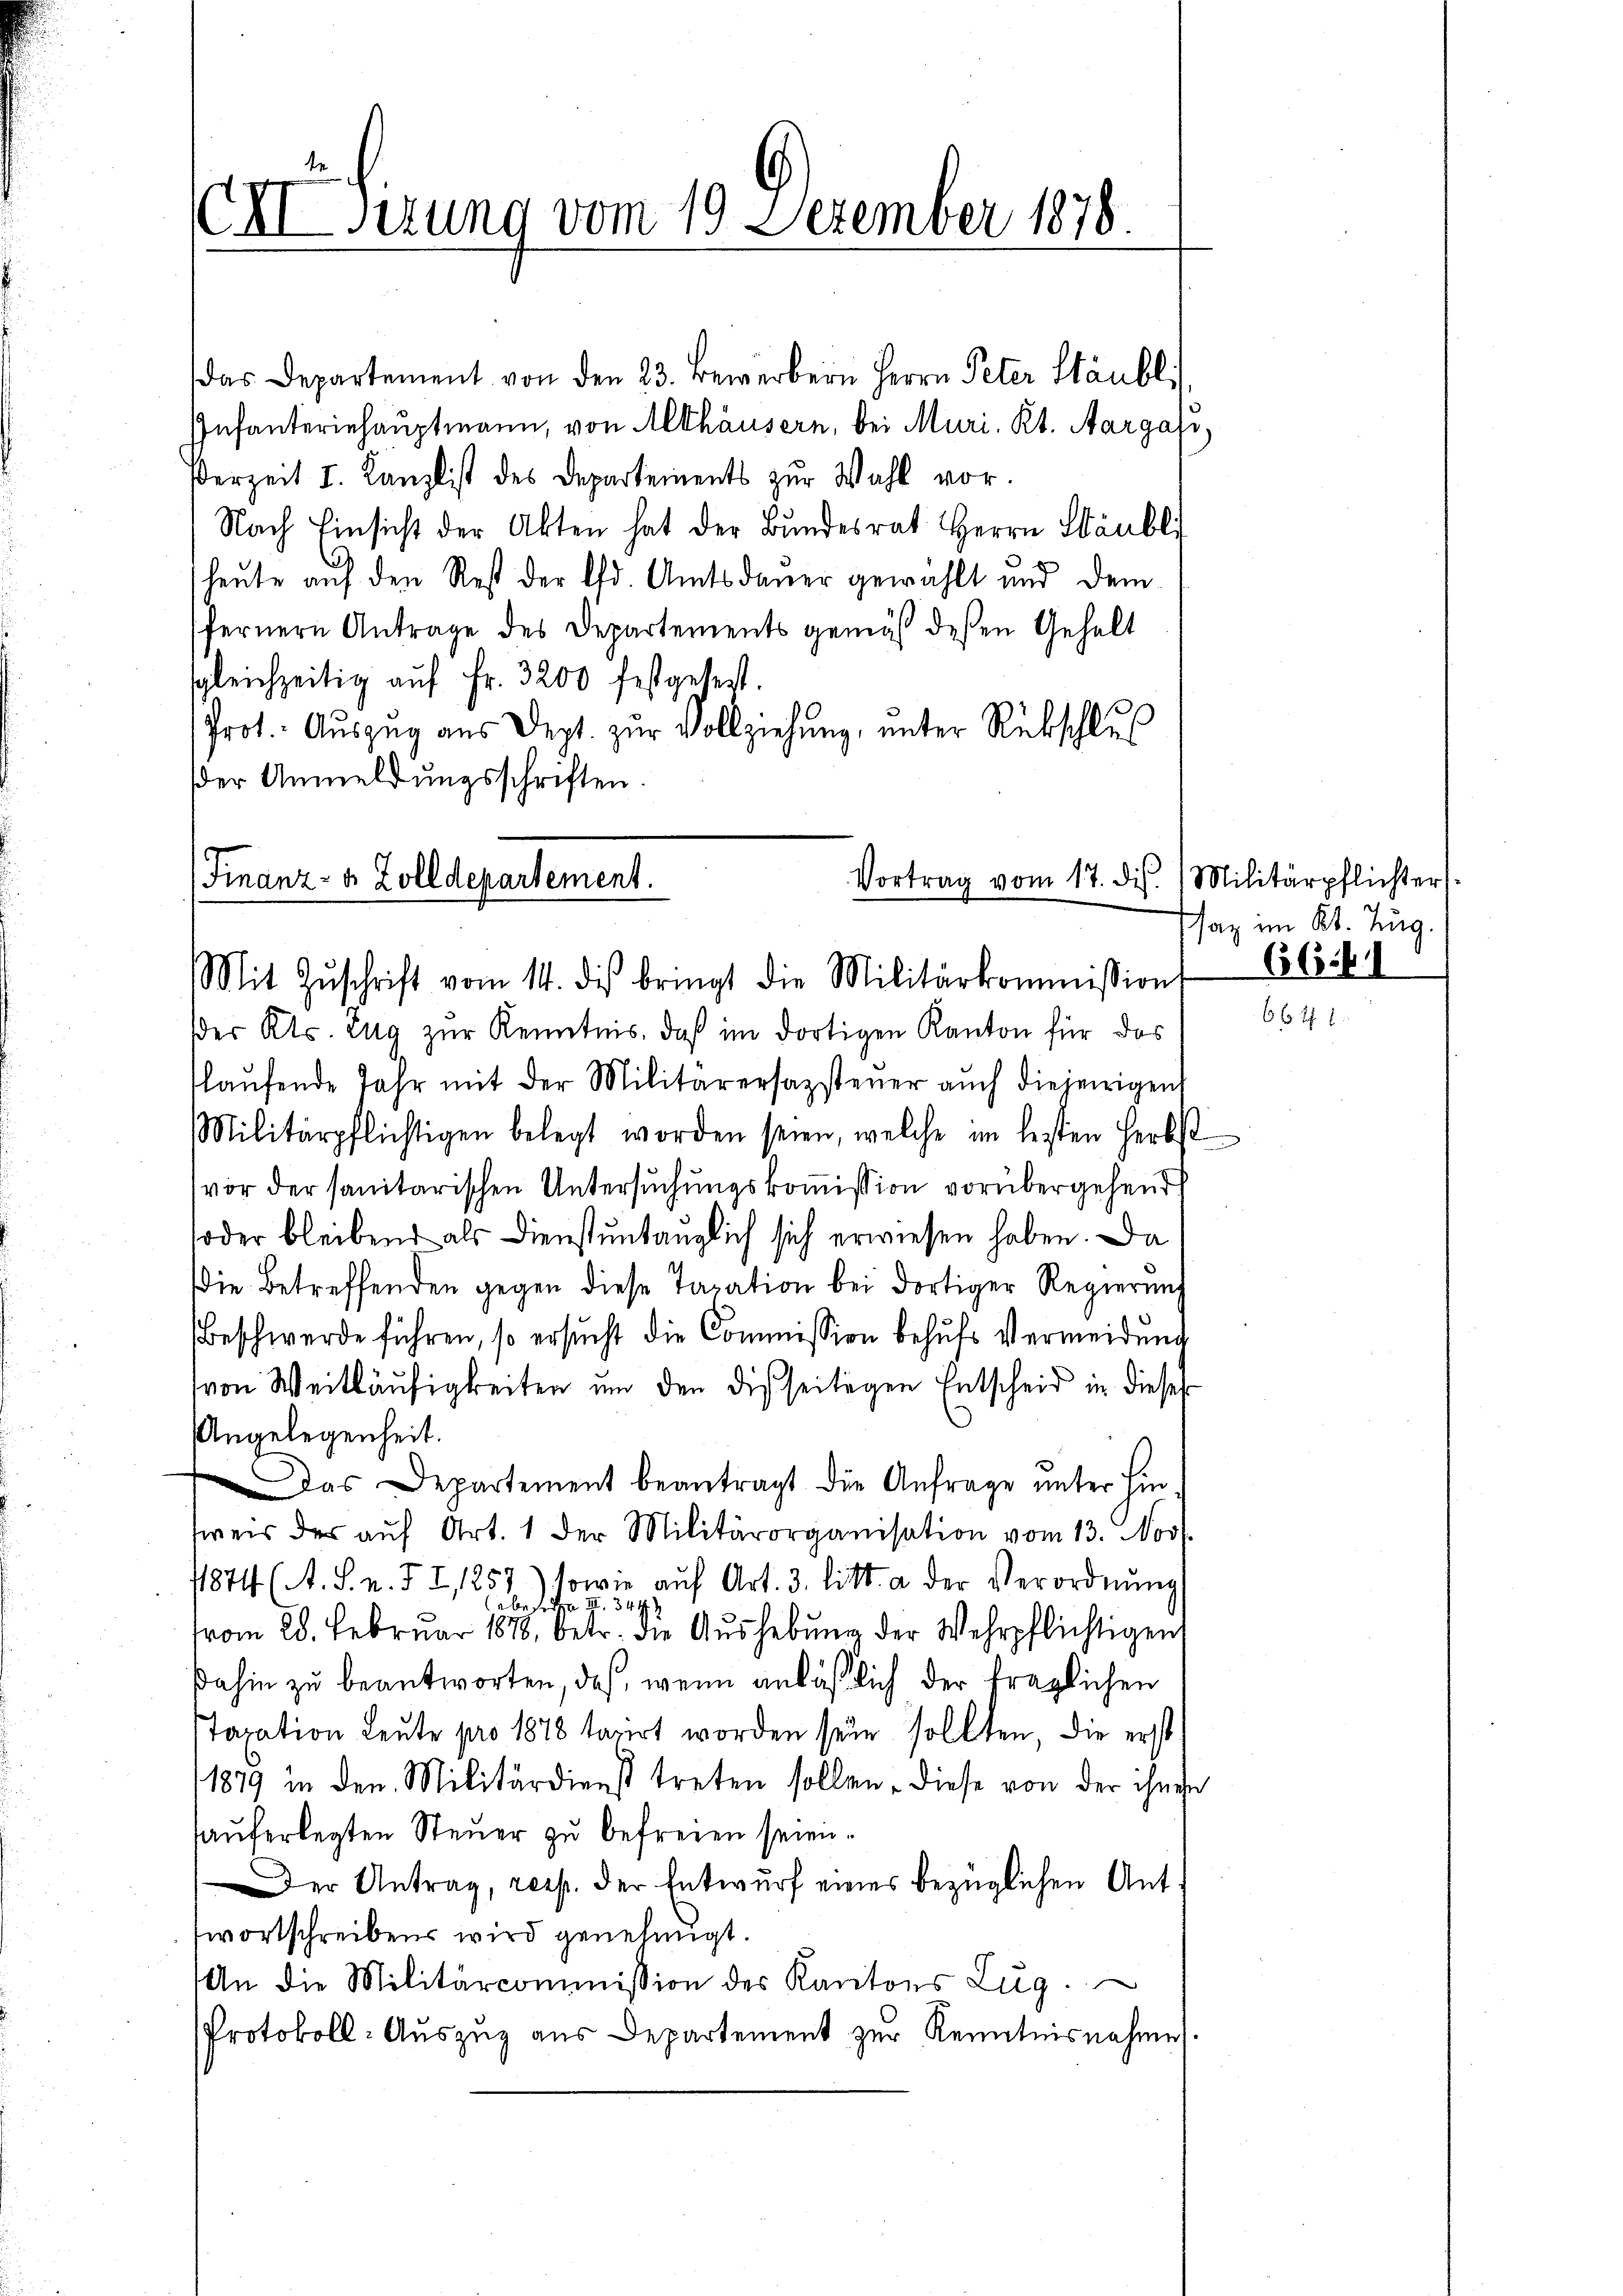
te
CIIsizung vom 19 Dezember 1878

das Departement von den 23. Bewerbern Herrn Peter Stäubl
Infanteriehauptmann, von Althäusern, bei Muri, Kt. Aargasi¬
Verzeit I. Kanzlist des Departements zur Wahl vor.
Nach Einsicht der Akten hat der Bŭndesrat Herrn Häubli
heute auf den Rest der Ed. Amtsdauer gewählt und dem
fernern Antrage des Departements gemäß dessen Gehalt
sgleichzeitig auf Fr. 3200 festgetest.
Prot. Auszug aus Dept. zŭr Vollziehung, unter Rückschlus
der Anmeldungsschriften

der Kts. Zug zur Kenntnis, daß im dortigen Kanton für das
laŭfende Jahr mit der Militarersazsteuer auch diejenigens
Militärpflichtigen belegt worden seien, welche im besten Herbst
(vor der sanitarischen Untersuchungskommission vorübergehend
oder bleibend als Dienstuntauglich sich erwiesen haben. Da
die Betreffenden gegen diese Taxation bei dortiger Regierung
Beschwerde führen, so ersucht die Commission behufs Vermeidung
(von Weitläufigkeiten um den disseitigen Entscheid in dieses
Angelegenheit.
as Departement beantragt die Anfrage unter Ein
weis der aŭf Art. 1 der Militärorganisation vom 13. Nov.
1874 (A. S. n. F. I, 1257) sowie aŭf Art. 3. litt. a der Verordnŭng
abefrage II 344
vom 28. Februar 1878 betr. die Aushebung der Wehrpflichtigen
dahin zu beantworten, daß, wenn anläßlich der fraglichen
Taxation Leute pro 1878 taŭrt worden sein sollten, die erst
1879 in den Militärdienst treten sollen, diese von der ihnen
hauferlegten Steuer zu befreien seien.
er Antrag, resp. der Entwurf eines bezüglichen Ant
wortschreiben wird genehmigt.
An die Militärcommission des Kantons Zŭg.
Protokoll-Auszug aus Departement zur Kenntnisnahme

Vortrag vom 17. dis.
(Finanz- & Zolldepartement.
Mit Zŭschrift vom 14. dis bringt die Militärkommissions

Militärpflichters
saz im Kt. Zug.
66.41